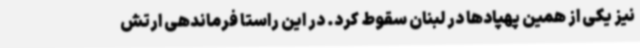
نیز یکی از همین پهپادها در لبنان سقوط کرد. در این راستا فرماندهی ارتش